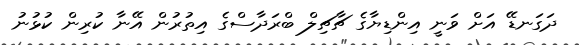
ދަގަނޑޭ އަށް ވަނީ އިންޑިޔާގެ ޗާޗިލް ބްރަދާސްގެ އިތުރުން އޭނާ ކުރިން ކުޅުނު